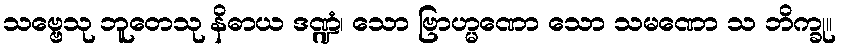
သဗ္ဗေသု ဘူတေသု နိဓာယ ဒဏ္ဍံ၊ သော ဗြာဟ္မဏော သော သမဏော သ ဘိက္ခု။